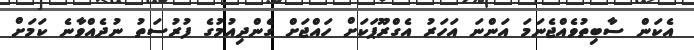
އެކަން ސާބިތުވެއްޖެނަމަ އަންނަ އަހަރު އެގްރޫޕަކަށް ހައްޖަށް ގެންދިއުމުގެ ފުރުސަތު ނުދެއްވާނެ ކަމަށް